Indian journal of veterinary science and animal husbandry - Volume 10,
Year: 1940
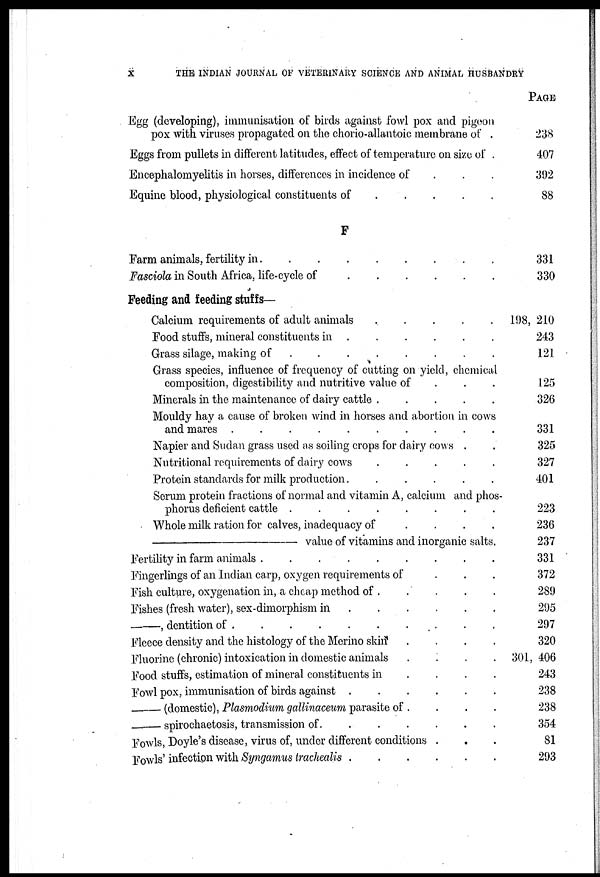
X
THE INDIAN JOURNAL OF VETERINARY SCIENCE AND ANIMAL HUSBANDRY
Egg (developing), immunisation of birds against fowl pox and pigeon
pox with viruses propagated on the chorio-allantoic membrane of .
Eggs from pullets in different latitudes, effect of temperature on size of .
Encephalomyelitis in horses, differences in incidence of . . .
Equine blood, physiological constituents of
.
.
.
.
F
Farm animals, fertility in
.
.
.
.
.
.
.
.
Fasciola in South Africa, life-cycle of
.
.
.
.
.
.
Feeding and feeding stuffs—
Calcium requirements of adult animals
.
.
.
.
.
Food stuffs, mineral constituents in . . . . . . . .
Grass silage, making of
.
.
.
.
.
.
.
Grass species, influence of frequency of cutting on yield, chemical
composition, digestibility and nutritive value of . . . . . . . .
Minerals in the maintenance of dairy cattle .
.
.
.
.
Mouldy hay a cause of broken wind in horses and abortion in cows
and mares .
.
.
.
.
.
.
.
.
.
Napier and Sudan grass used as soiling crops for dairy cows . .
Nutritional requirements of dairy cows
.
.
.
.
.
Protein standards for milk production .
.
.
.
.
.
Serum protein fractions of normal and vitamin A, calcium and phos-
phorus deficient cattle .
.
.
.
.
.
.
.
Whole milk ration for calves, inadequacy of
.
.
.
.
—value
of vitamins and inorganic salts.
Fertility in farm animals .
.
.
.
.
.
.
.
.
Fingerlings of an Indian carp, oxygen requirements of . . .
Fish culture, oxygenation in, a cheap method of . . . . . . . . .
Fishes (fresh water), sex-dimorphism in
.
.
.
.
.
—,
dentition of .
.
.
.
.
.
.
.
.
Fleece density and the histology of the Merino skin
.
.
.
.
Fluorine (chronic) intoxication in domestic animals
.
.
.
.
Food stuffs, estimation of mineral constituents in . . . . . . . .
Fowl pox, immunisation of birds against .
.
.
.
.
.
—
(domestic), Plasmodium gallinaceum parasite of . . . .
—
spirochaetosis, transmission of. . . . . . . .
Fowls, Doyle's disease, virus of, under different conditions . . .
Fowls' infection with Syngamus trachealis . . . . . . . .
PAGE
238
407
392
88
331
330
198, 210
243
121
125
326
331
325
327
401
223
236
237
331
372
289
295
297
320
301, 406
243
238
238
354
81
293